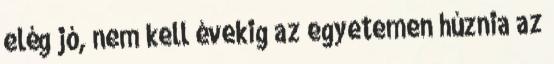
elég jó, nem kell évekig az egyetemen húznia az